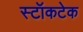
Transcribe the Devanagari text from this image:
स्टॉकटेक